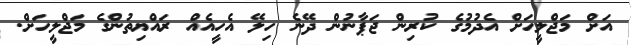
އަށް މަޖްލީހަށް އެދުމުގެ ކުރިން ޖަޕާނުން ދޭނެ ހިލޭ އެހީއެއް ރައްޔިތުންގެ މަޖްލީހަށް.